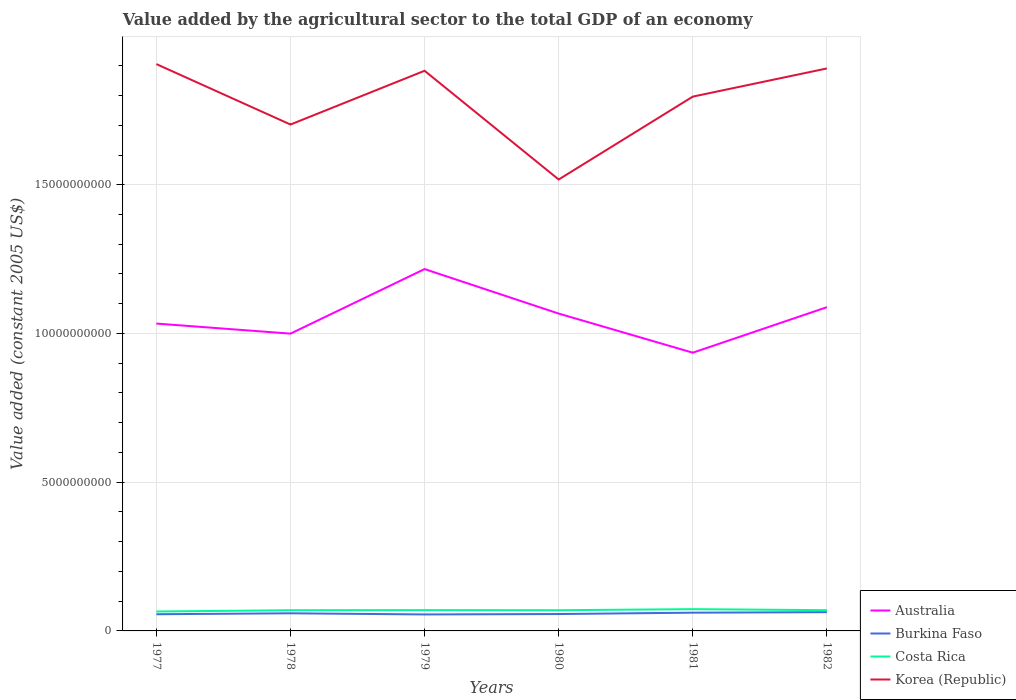
| Years | Australia | Burkina Faso | Costa Rica | Korea (Republic) |
 | --- | --- | --- | --- | --- |
 | 1977 | 1.03e+10 | 5.61e+08 | 6.53e+08 | 1.91e+10 |
 | 1978 | 9.99e+09 | 5.92e+08 | 6.96e+08 | 1.7e+10 |
 | 1979 | 1.22e+10 | 5.54e+08 | 7e+08 | 1.88e+10 |
 | 1980 | 1.07e+10 | 5.68e+08 | 6.96e+08 | 1.52e+10 |
 | 1981 | 9.35e+09 | 6.14e+08 | 7.32e+08 | 1.8e+10 |
 | 1982 | 1.09e+10 | 6.31e+08 | 6.97e+08 | 1.89e+10 |